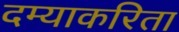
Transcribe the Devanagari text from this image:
दम्याकरिता